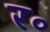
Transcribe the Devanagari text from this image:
र॰